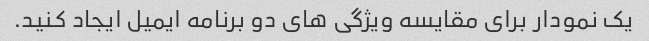
یک نمودار برای مقایسه ویژگی های دو برنامه ایمیل ایجاد کنید.